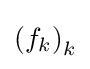
\left(f_{k}\right)_{k}